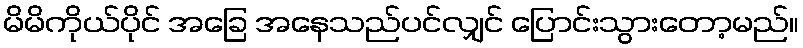
မိမိကိုယ်ပိုင် အခြေ အနေသည်ပင်လျှင် ပြောင်းသွားတော့မည်။